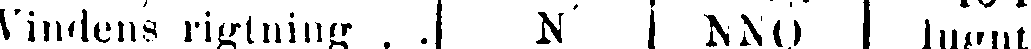
Vindens rigtning . . N NNO lugnt